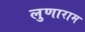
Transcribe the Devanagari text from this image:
लुणाराम